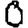
Digit: 0